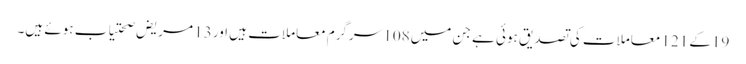
19کے 121 معاملات کی تصدیق ہوئی ہے جن میں108 سرگرم معاملات ہیں اور 13 مریض صحتیاب ہوئے ہیں۔